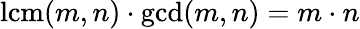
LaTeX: \operatorname{lcm}(m,n)\cdot\gcd(m,n)=m\cdot n